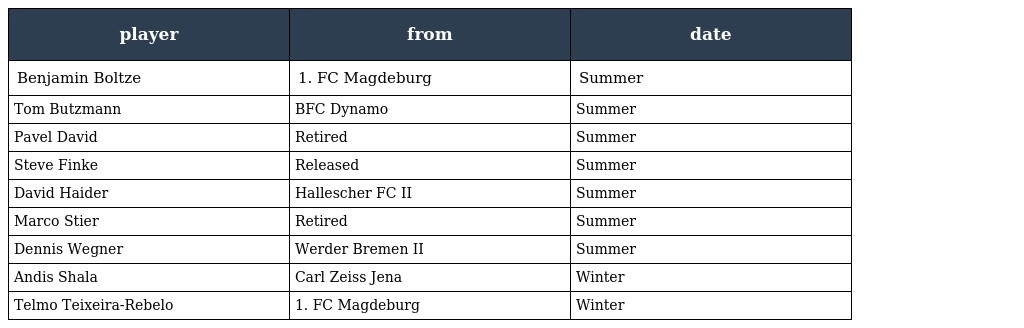
| player | from | date |
 | --- | --- | --- |
 | Benjamin Boltze | 1. FC Magdeburg | Summer |
 | Tom Butzmann | BFC Dynamo | Summer |
 | Pavel David | Retired | Summer |
 | Steve Finke | Released | Summer |
 | David Haider | Hallescher FC II | Summer |
 | Marco Stier | Retired | Summer |
 | Dennis Wegner | Werder Bremen II | Summer |
 | Andis Shala | Carl Zeiss Jena | Winter |
 | Telmo Teixeira-Rebelo | 1. FC Magdeburg | Winter |